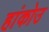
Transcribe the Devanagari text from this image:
हांकोउ